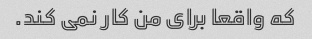
که واقعا برای من کار نمی کند.